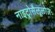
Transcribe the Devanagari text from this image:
नाइट्रोसैलूलोज़